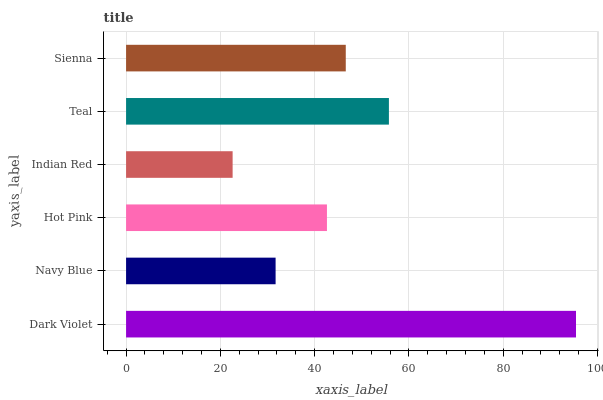
| yaxis_label | bars |
 | --- | --- |
 | Dark Violet | 95.5 |
 | Navy Blue | 31.7 |
 | Hot Pink | 42.6 |
 | Indian Red | 22.6 |
 | Teal | 55.8 |
 | Sienna | 46.6 |